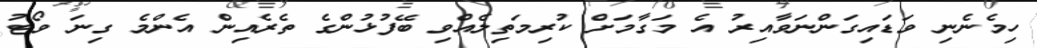
ހިމެނެނި ވަޑައިގަންނަވާއިރު އެ މަގާމަށް ކުރިމަތިލެއްވި ބޭފުޅުންގެ ތެރެއިން އެންމެ ގިނަ ވޯޓު